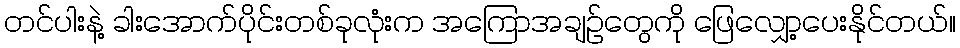
တင်ပါးနဲ့ ခါးအောက်ပိုင်းတစ်ခုလုံးက အကြောအချဉ်တွေကို ဖြေလျှော့ပေးနိုင်တယ်။